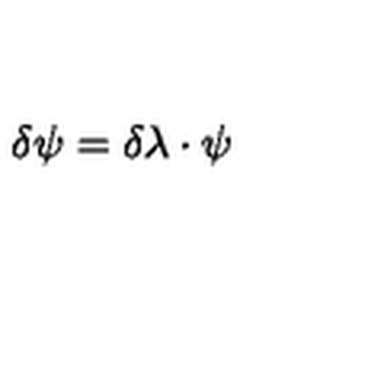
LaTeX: \delta \psi = \delta \lambda \cdot \psi